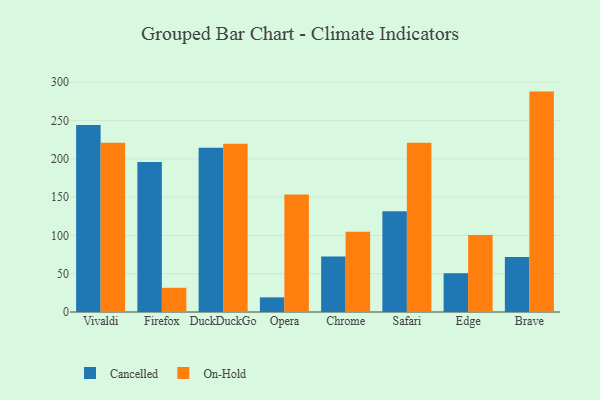
{"axis": {"x": "Browser", "y": "Churn Rate (%)"}, "legend": ["Cancelled", "On-Hold"], "data": [{"x": "Vivaldi", "y": 244.1, "type": "Cancelled"}, {"x": "Vivaldi", "y": 221.0, "type": "On-Hold"}, {"x": "Firefox", "y": 195.9, "type": "Cancelled"}, {"x": "Firefox", "y": 31.6, "type": "On-Hold"}, {"x": "DuckDuckGo", "y": 214.5, "type": "Cancelled"}, {"x": "DuckDuckGo", "y": 219.7, "type": "On-Hold"}, {"x": "Opera", "y": 19.1, "type": "Cancelled"}, {"x": "Opera", "y": 153.3, "type": "On-Hold"}, {"x": "Chrome", "y": 72.5, "type": "Cancelled"}, {"x": "Chrome", "y": 104.7, "type": "On-Hold"}, {"x": "Safari", "y": 131.5, "type": "Cancelled"}, {"x": "Safari", "y": 221.1, "type": "On-Hold"}, {"x": "Edge", "y": 50.5, "type": "Cancelled"}, {"x": "Edge", "y": 100.5, "type": "On-Hold"}, {"x": "Brave", "y": 71.8, "type": "Cancelled"}, {"x": "Brave", "y": 287.8, "type": "On-Hold"}]}